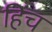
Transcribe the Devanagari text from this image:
हिंच